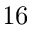
1 6